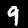
Digit: 9